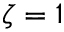
\zeta = 1